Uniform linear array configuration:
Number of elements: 16
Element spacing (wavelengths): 1
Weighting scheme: hamming
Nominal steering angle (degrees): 45
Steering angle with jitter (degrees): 44.742
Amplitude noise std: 0.05
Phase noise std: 0.05

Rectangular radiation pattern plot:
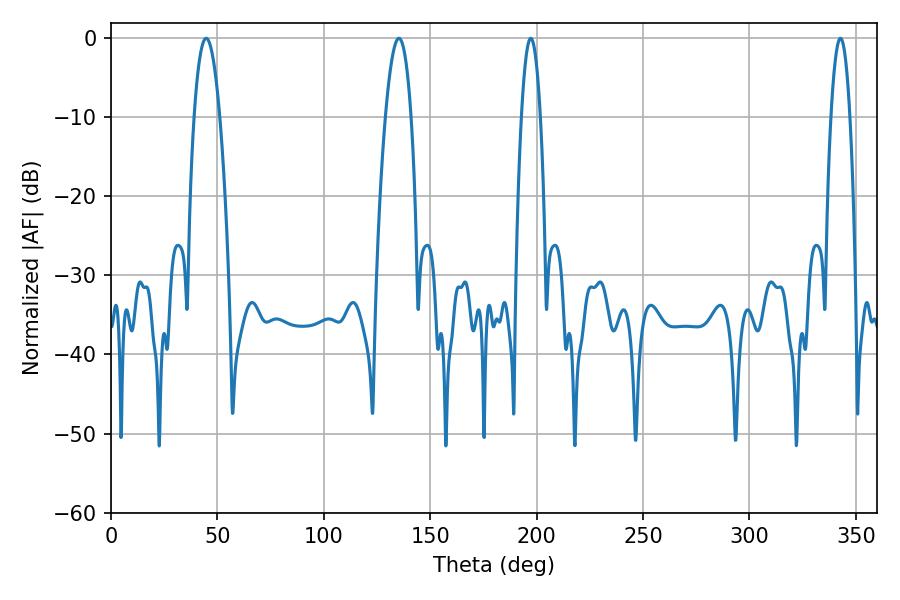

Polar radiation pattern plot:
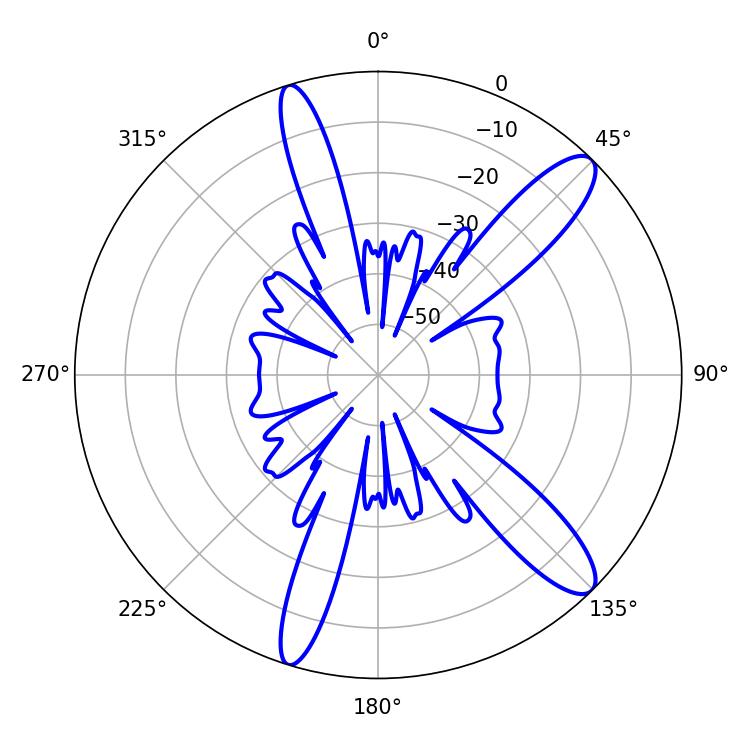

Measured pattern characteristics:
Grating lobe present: TRUE
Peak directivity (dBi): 12.173
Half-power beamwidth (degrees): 4.86
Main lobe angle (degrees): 197.28